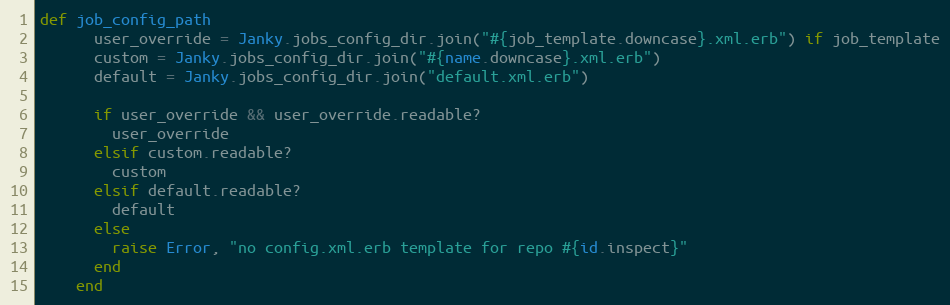
Language: Ruby
def job_config_path
      user_override = Janky.jobs_config_dir.join("#{job_template.downcase}.xml.erb") if job_template
      custom = Janky.jobs_config_dir.join("#{name.downcase}.xml.erb")
      default = Janky.jobs_config_dir.join("default.xml.erb")

      if user_override && user_override.readable?
        user_override
      elsif custom.readable?
        custom
      elsif default.readable?
        default
      else
        raise Error, "no config.xml.erb template for repo #{id.inspect}"
      end
    end